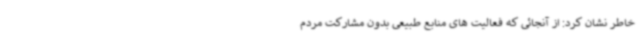
خاطر نشان کرد: از آنجائی که فعالیت های منابع طبیعی بدون مشارکت مردم